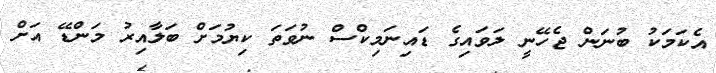
އެކަމަކު ބުނަން ޖެހޭނީ ލަވައިގެ ޑައިނަމިކްސް ނުވަތަ ކިޔުމަށް ބަލާއިރު މަންޑޭ އަށް